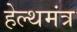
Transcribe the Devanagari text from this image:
हेल्थमंत्र